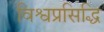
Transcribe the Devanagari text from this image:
विश्वप्रसिद्धि